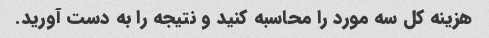
هزینه کل سه مورد را محاسبه کنید و نتیجه را به دست آورید.